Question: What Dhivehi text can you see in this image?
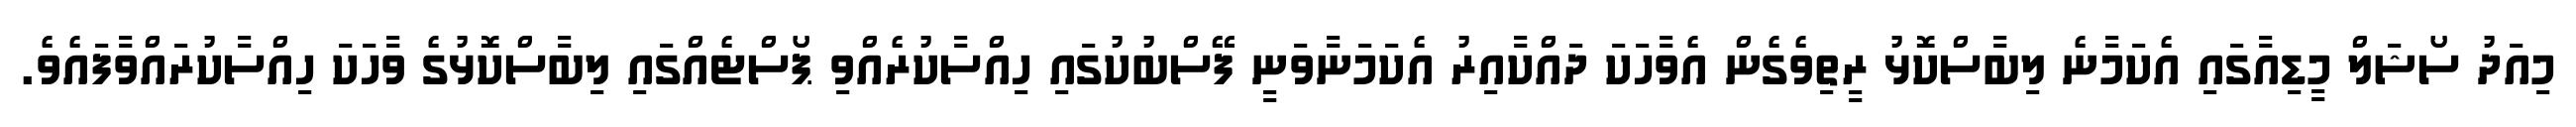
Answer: މިއަދު ސޯޝަލް މީޑިއާގައި އެކަމާނެ ލިބާސްކޮޅު ރީތިވެގެން އެވާހަކަ ދައްކާއިރު އެކަމަނާވަނީ ފޭސްބުކުގައި ހިއްސާކުރެއްވި ޕޯސްޓެއްގައި ލިބާސްކޮޅުގެ ވާހަކަ ހިއްސާކުރައްވާފައެވެ.